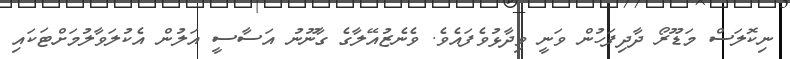
ނިކޮލަސް މަޑޫރޯ ދާދިފަހުން ވަނީ ވިދާޅުވެފައެވެ. ވެނެޒުއޭލާގެ ގާނޫނު އަސާސީ އަލުން އެކުލަވާލުމަށްޓަކައި